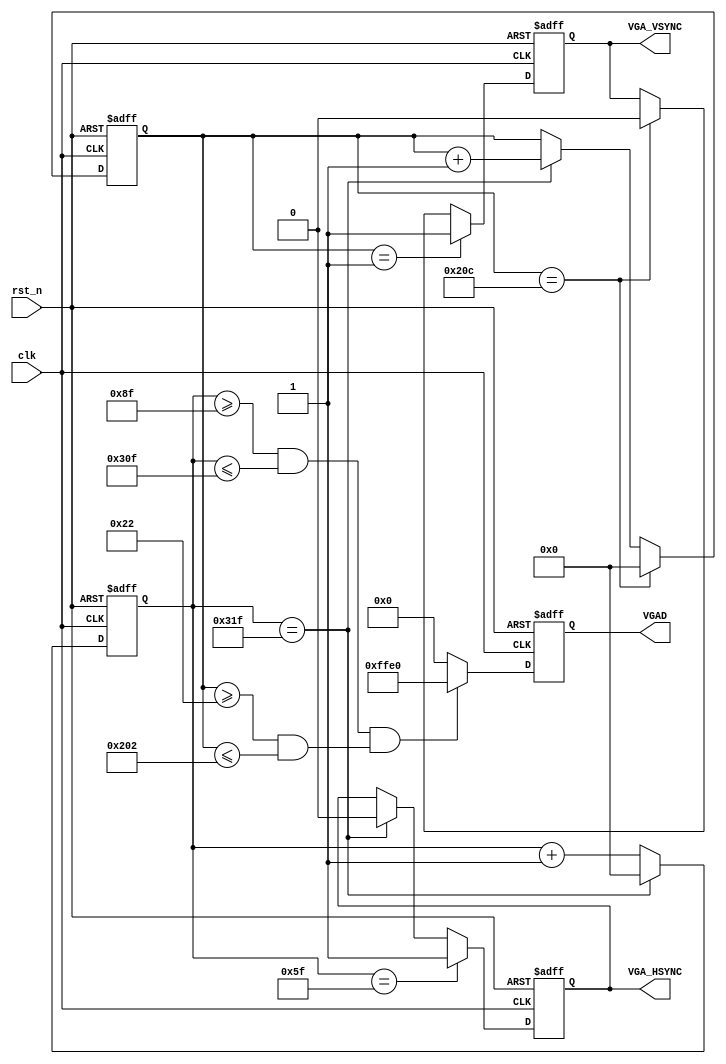
module vga_func_module(
   input clk,
   input rst_n,
   output VGA_HSYNC, VGA_VSYNC,
   output [15:0] VGAD
);

parameter SA = 10'd96, SB = 10'd48, SC = 10'd640, SD = 10'd16, SE = 10'd800;
parameter SO = 10'd2, SP = 10'd33, SQ = 10'd480, SR = 10'd10, SS = 10'd525;

//*************列同步信号*************
reg [9:0] CH;

always @(posedge clk or negedge rst_n) begin
   if(!rst_n)
		CH <= 10'd0;
   else if(CH == SE-1)
		CH <= 10'd0;
	else
		CH <= CH + 1'b1;
end

reg H;

always @(posedge clk or negedge rst_n) begin
   if(!rst_n)
		H <= 1'b0;
   else if(CH == SA-1)
		H <= 1'b1;
	else if(CH == SE-1)
		H <= 1'b0;
	else
		H <= H;
end

//*************行同步信号*************
reg [9:0] CV;

always @(posedge clk or negedge rst_n) begin
   if(!rst_n)
		CV <= 10'd0;
   else if(CV == SS-1)
		CV <= 10'd0;
	else if(CH == SE-1)
		CV <= CV + 1'b1;
	else
		CV <= CV;
end

reg V;

always @(posedge clk or negedge rst_n) begin
   if(!rst_n)
		V <= 1'b0;
   else if(CV == SO-1)
		V <= 1'b1;
	else if(CV == SS-1)
		V <= 1'b0;
	else
		V <= V;
end

//*************有效信号*************
wire isX = ((CH >= SA + SB - 1) && (CH <= SA + SB + SC - 1));
wire isY = ((CV >= SO + SP - 1) && (CV <= SO + SP + SQ - 1));

reg [15:0] D1;

always @(posedge clk or negedge rst_n) begin
   if(!rst_n)
		D1 <= 16'd0;
   else
		D1 <= (isX && isY) ? {5'd127,6'd127,5'd0} : 16'd0;
end

assign VGA_HSYNC = H;

assign VGA_VSYNC = V;

assign VGAD = D1;


endmodule